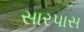
સારપાસ